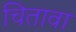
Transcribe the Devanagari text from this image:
चितावा